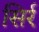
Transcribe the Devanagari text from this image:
सिर्र